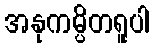
အနုကမ္ပိတရူပါ